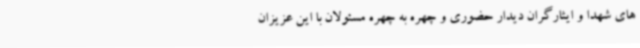
های شهدا و ایثارگران دیدار حضوری و چهره به چهره مسئولان با این عزیزان